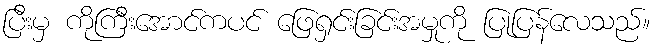
ပြီးမှ ကိုကြီးအောင်ကပင် ဖြေရှင်းခြင်းအမှုကို ပြုပြန်လေသည်။